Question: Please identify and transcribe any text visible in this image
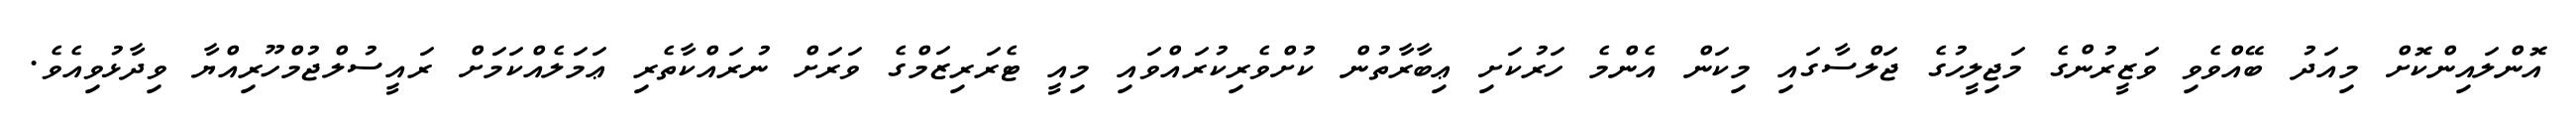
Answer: އޮންލައިންކޮށް މިއަދު ބޭއްވެވި ވަޒީރުންގެ މަޖިލީހުގެ ޖަލްސާގައި މިކަން އެންމެ ހަރުކަށި ޢިބާރާތުން ކުށްވެރިކުރައްވައި މިއީ ޓެރަރިޒަމްގެ ވަރަށް ނުރައްކާތެރި ޢަމަލެއްކަމަށް ރައީސުލްޖުމްހޫރިއްޔާ ވިދާޅުވިއެވެ.